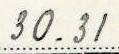
30.31